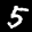
Label: 5